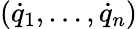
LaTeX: ({\dot{q}}_{1},\dots,{\dot{q}}_{n})